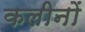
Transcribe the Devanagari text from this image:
कलीनों